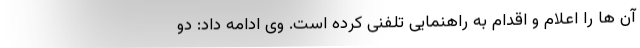
آن ها را اعلام و اقدام به راهنمایی تلفنی کرده است. وی ادامه داد: دو